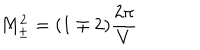
M _ { \pm } ^ { 2 } = ( 1 \mp 2 ) \frac { 2 \pi } { V }